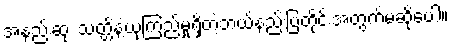
အနည်းဆုံး သတ္တိနဲ့ယုံကြည်မှုရှိတဲ့ဘယ်နည်းပြတိုင်းအတွက်မဆိုပေါ့။